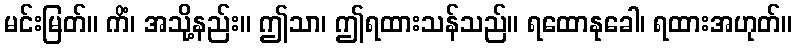
မင်းမြတ်။ ကိံ၊ အသို့နည်း။ ဤသာ၊ ဤရထားသန်သည်။ ရထောနုခေါ၊ ရထားအဟုတ်။